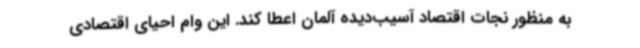
به منظور نجات اقتصاد آسیب‌دیده آلمان اعطا کند. این وام احیای اقتصادی